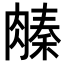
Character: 𬛌